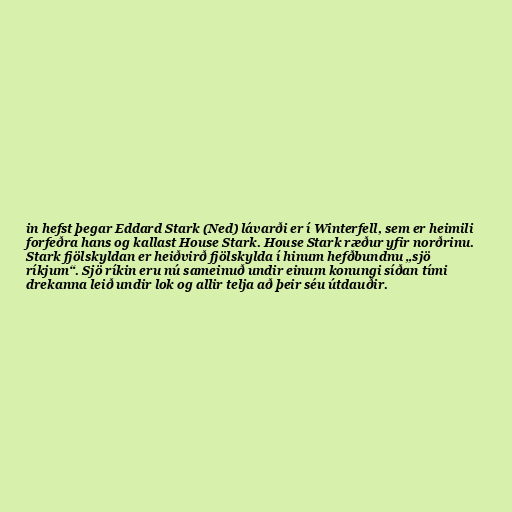
in hefst þegar Eddard Stark (Ned) lávarði er í Winterfell, sem er heimili
forfeðra hans og kallast House Stark. House Stark ræður yfir norðrinu.
Stark fjölskyldan er heiðvirð fjölskylda í hinum hefðbundnu „sjö
ríkjum“. Sjö ríkin eru nú sameinuð undir einum konungi síðan tími
drekanna leið undir lok og allir telja að þeir séu útdauðir.